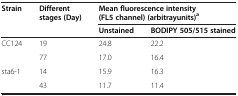
| <ROWSPAN=2> Strain | <ROWSPAN=2> Different stages (Day) | <COLSPAN=2> Mean fluorescence intensity (FL5 channel) (arbitrayunits)a |
 | Unstained | BODIPY 505/515 stained |
 | --- | --- | --- | --- |
 | <ROWSPAN=2> CC124 | 19 | 24.8 | 22.2 |
 | 77 | 17.0 | 16.4 |
 | <ROWSPAN=2> sta6-1 | 14 | 15.9 | 16.3 |
 | 43 | 11.7 | 11.4 |